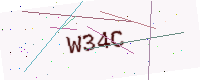
Text: W34C